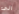
الى